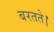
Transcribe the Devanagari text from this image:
बरतते।